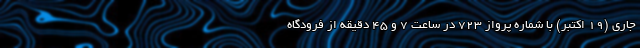
جاری (۱۹ اکتبر) با شماره پرواز ۷۲۳ در ساعت ۷ و ۴۵ دقیقه از فرودگاه